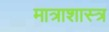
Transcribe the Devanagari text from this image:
मात्राशास्त्र